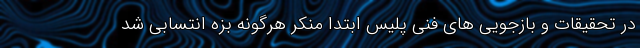
در تحقیقات و بازجویی های فنی پلیس ابتدا منکر هرگونه بزه انتسابی شد